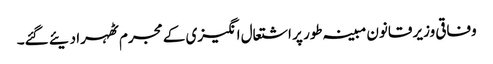
وفاقی وزیر قانون مبینہ طور پر اشتعال انگیزی کے مجرم ٹھہرا دیئے گئے۔